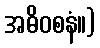
အဓိဝစနံ။)